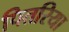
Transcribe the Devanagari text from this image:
पितरिया